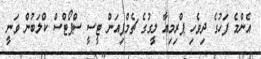
އެންމެ ފަހުގެ ދިވެހި ޕްރިމިއާ ލީގުގެ ޗެމްޕިއަން ޓީސީ ސްޕޯޓްސް ކްލަބުން ވަނީ